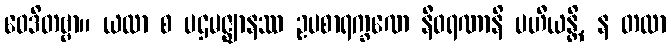
ဝေဒိတဗ္ဗာ။ ယထာ စ ပဌမဇ္ဈာနဿ ဥပစာရက္ခဏေ နီဝရဏာနိ ပဟီယန္တိ, န တထာ